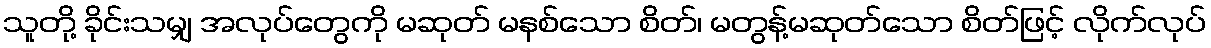
သူတို့ ခိုင်းသမျှ အလုပ်တွေကို မဆုတ် မနစ်သော စိတ်၊ မတွန့်မဆုတ်သော စိတ်ဖြင့် လိုက်လုပ်